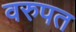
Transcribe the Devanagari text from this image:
वरुपत